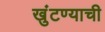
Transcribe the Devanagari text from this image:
खुंटण्याची